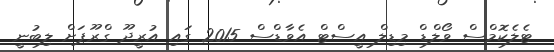
ޓެލެކޮމްސް ވޯލްޑް މިޑިލް އީސްޓް އެވާޑްސް 2015 ގައި އުރީދޫ ގްރޫޕަށް ލިބުނީ